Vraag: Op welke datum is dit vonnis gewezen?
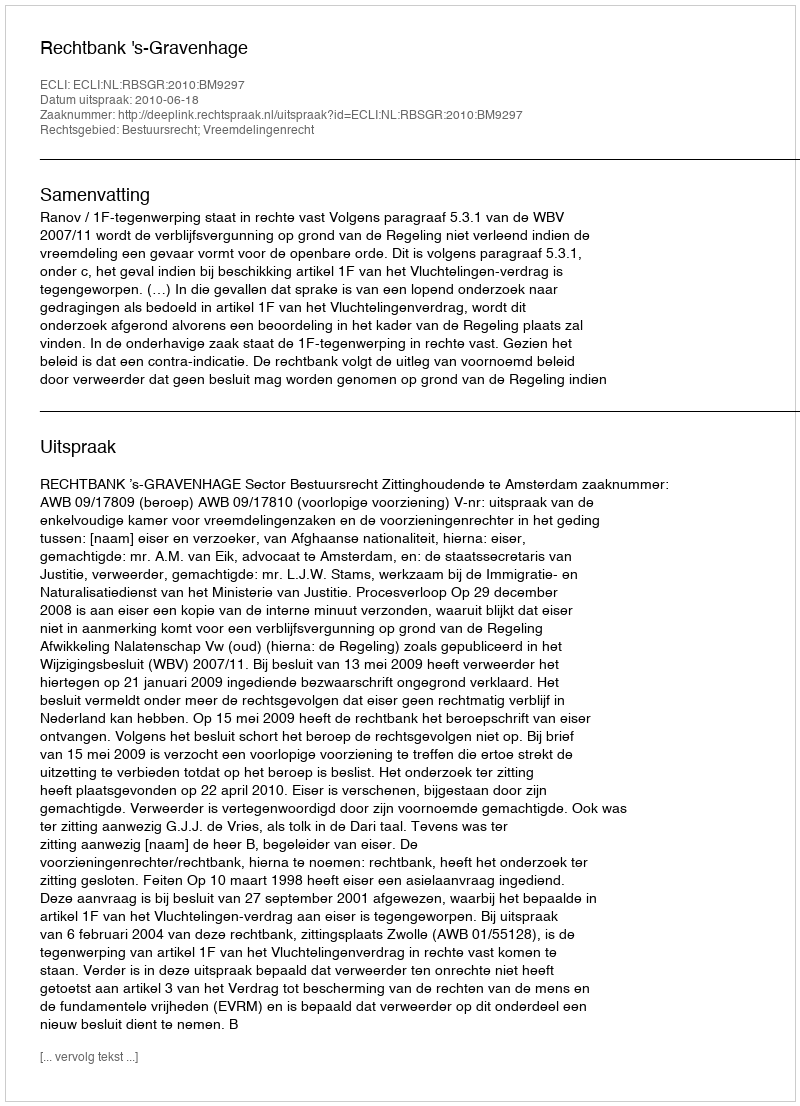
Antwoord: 2010-06-18